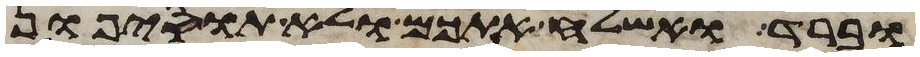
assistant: וברד ואשלח אתכם ולא תוסיפון